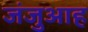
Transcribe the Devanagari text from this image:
जंजुआह